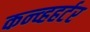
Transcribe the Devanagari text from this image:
कन्व्हहर्टर